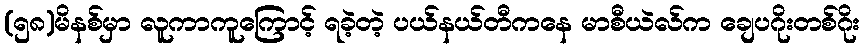
(၅၈)မိနစ်မှာ လူကာကူကြောင့် ရခဲ့တဲ့ ပယ်နယ်တီကနေ မာစီယဲလ်က ချေပဂိုးတစ်ဂိုး